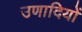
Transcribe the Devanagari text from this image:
उणादियों